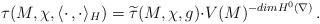
LaTeX: \begin{align*}\tau(M,\chi,\langle\cdot\,,\cdot\rangle_H)=\widetilde{\tau}(M,\chi,g){\cdot}V(M)^{-dimH^0(\nabla)}\,. \end{align*}